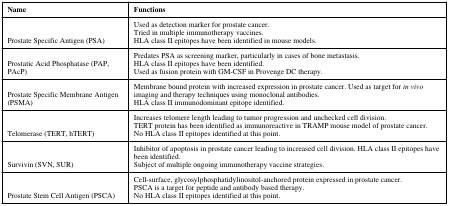
<table><thead><tr><td><b>Name</b></td><td><b>Functions</b></td></tr></thead><tbody><tr><td>Prostate Specific Antigen (PSA)</td><td>Used as detection marker for prostate cancer.Tried in multiple immunotherapy vaccines.HLA class II epitopes have been identified in mouse models.</td></tr><tr><td>Prostatic Acid Phosphatase (PAP, PAcP)</td><td>Predates PSA as screening marker, particularly in cases of bone metastasis.HLA class II epitopes have been identified.Used as fusion protein with GM-CSF in Provenge DC therapy.</td></tr><tr><td>Prostate Specific Membrane Antigen (PSMA)</td><td>Membrane bound protein with increased expression in prostate cancer. Used as target for <i>in vivo</i> imaging and therapy techniques using monoclonal antibodies.HLA class II immunodominant epitope identified.</td></tr><tr><td>Telomerase (TERT, hTERT)</td><td>Increases telomere length leading to tumor progression and unchecked cell division.TERT protein has been identified as immunoreactive in TRAMP mouse model of prostate cancer.No HLA class II epitopes identified at this point.</td></tr><tr><td>Survivin (SVN, SUR)</td><td>Inhibitor of apoptosis in prostate cancer leading to increased cell division. HLA class II epitopes have been identified.Subject of multiple ongoing immunotherapy vaccine strategies.</td></tr><tr><td>Prostate Stem Cell Antigen (PSCA)</td><td>Cell-surface, glycosylphosphatidylinositol-anchored protein expressed in prostate cancer.PSCA is a target for peptide and antibody based therapy.No HLA class II epitopes identified at this point.</td></tr></tbody></table>